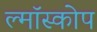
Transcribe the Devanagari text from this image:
ल्मॉस्कोप